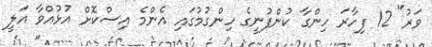
ވަރު" 12 ފިހާރަ ހިންގާ ކުންފުނީގެ ހިންގުމުގައި އެންމެ އިސްކޮށް އުޅުއްވާ އަލީ